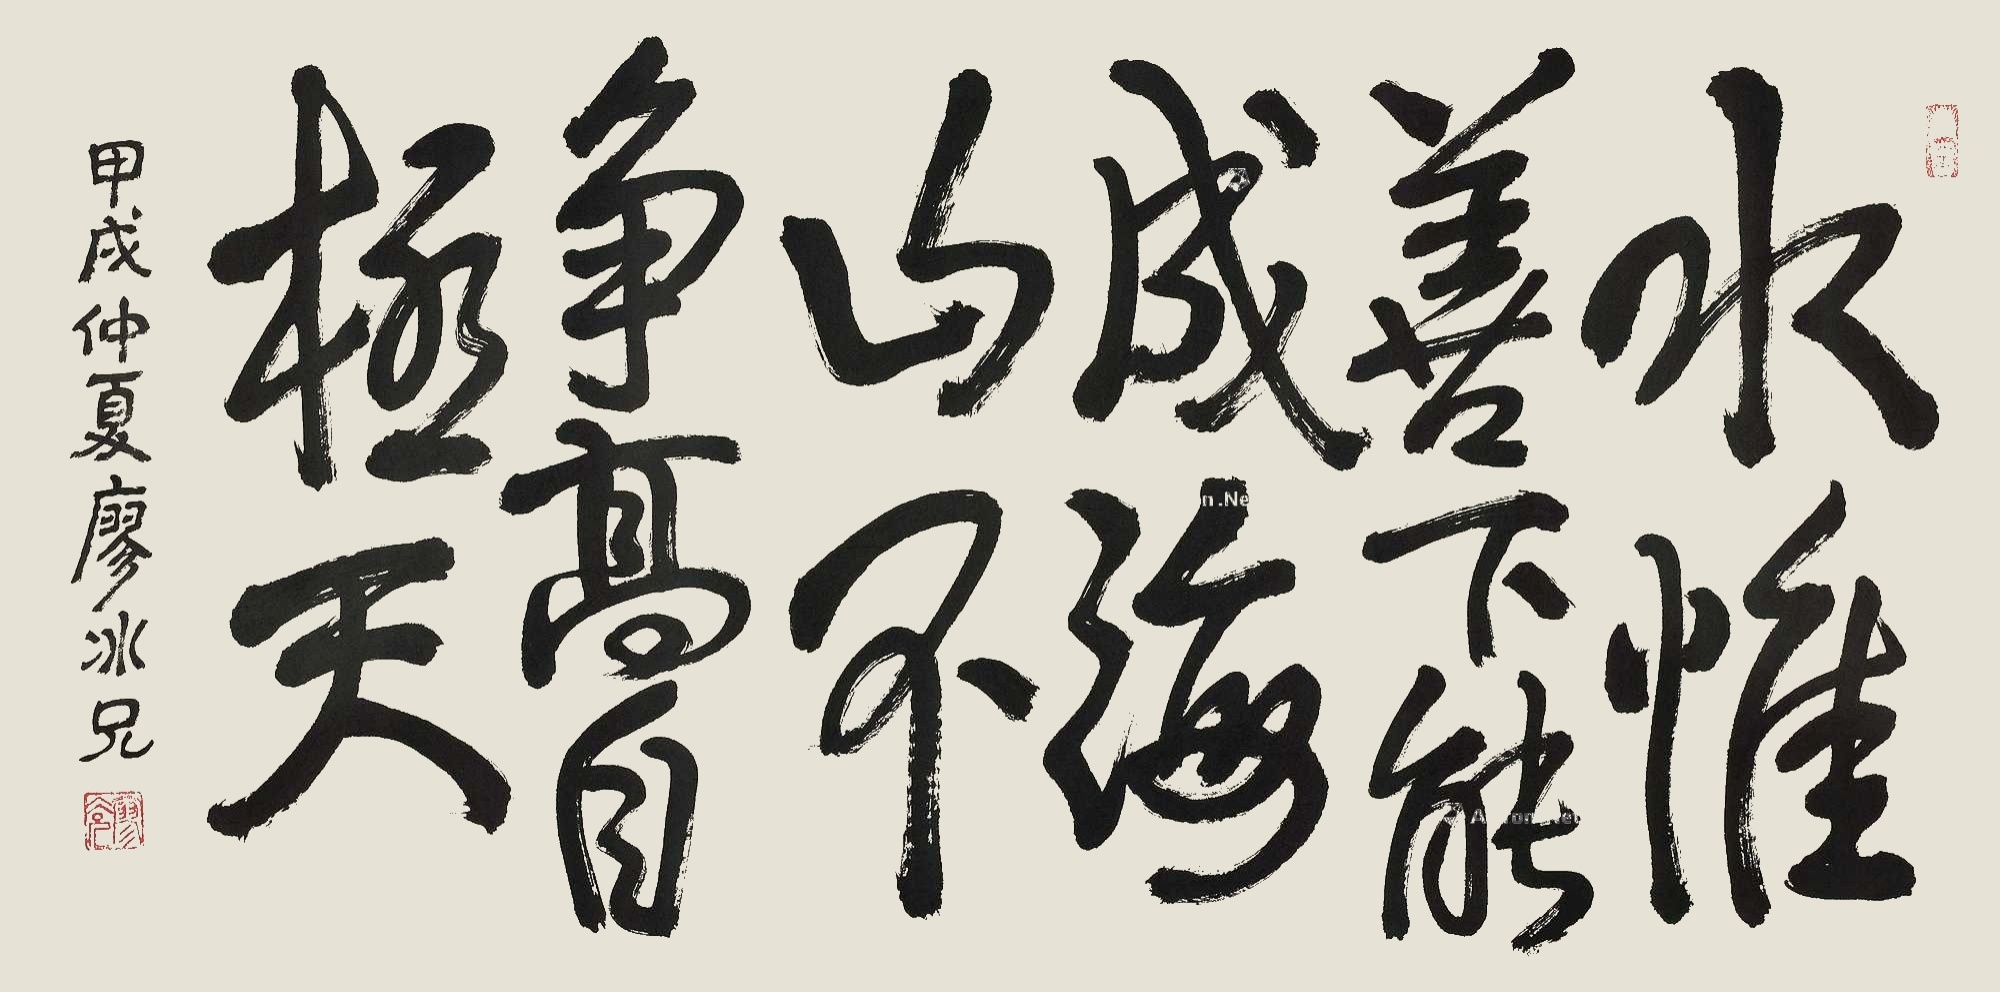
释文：水惟善下能成海，山不争高自极天。甲戌仲夏廖冰兄。